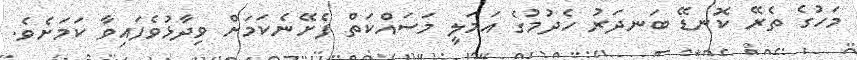
މަހުގެ ތެރޭ ކޮނޑޭ ބަނދަރު ހެދުމުގެ އަމަލީ މަސައްކަތް ފެށޭނެކަމަށް ވިދާޅުވެފައިވާ ކަމަށެވެ.